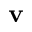
\textbf { v }